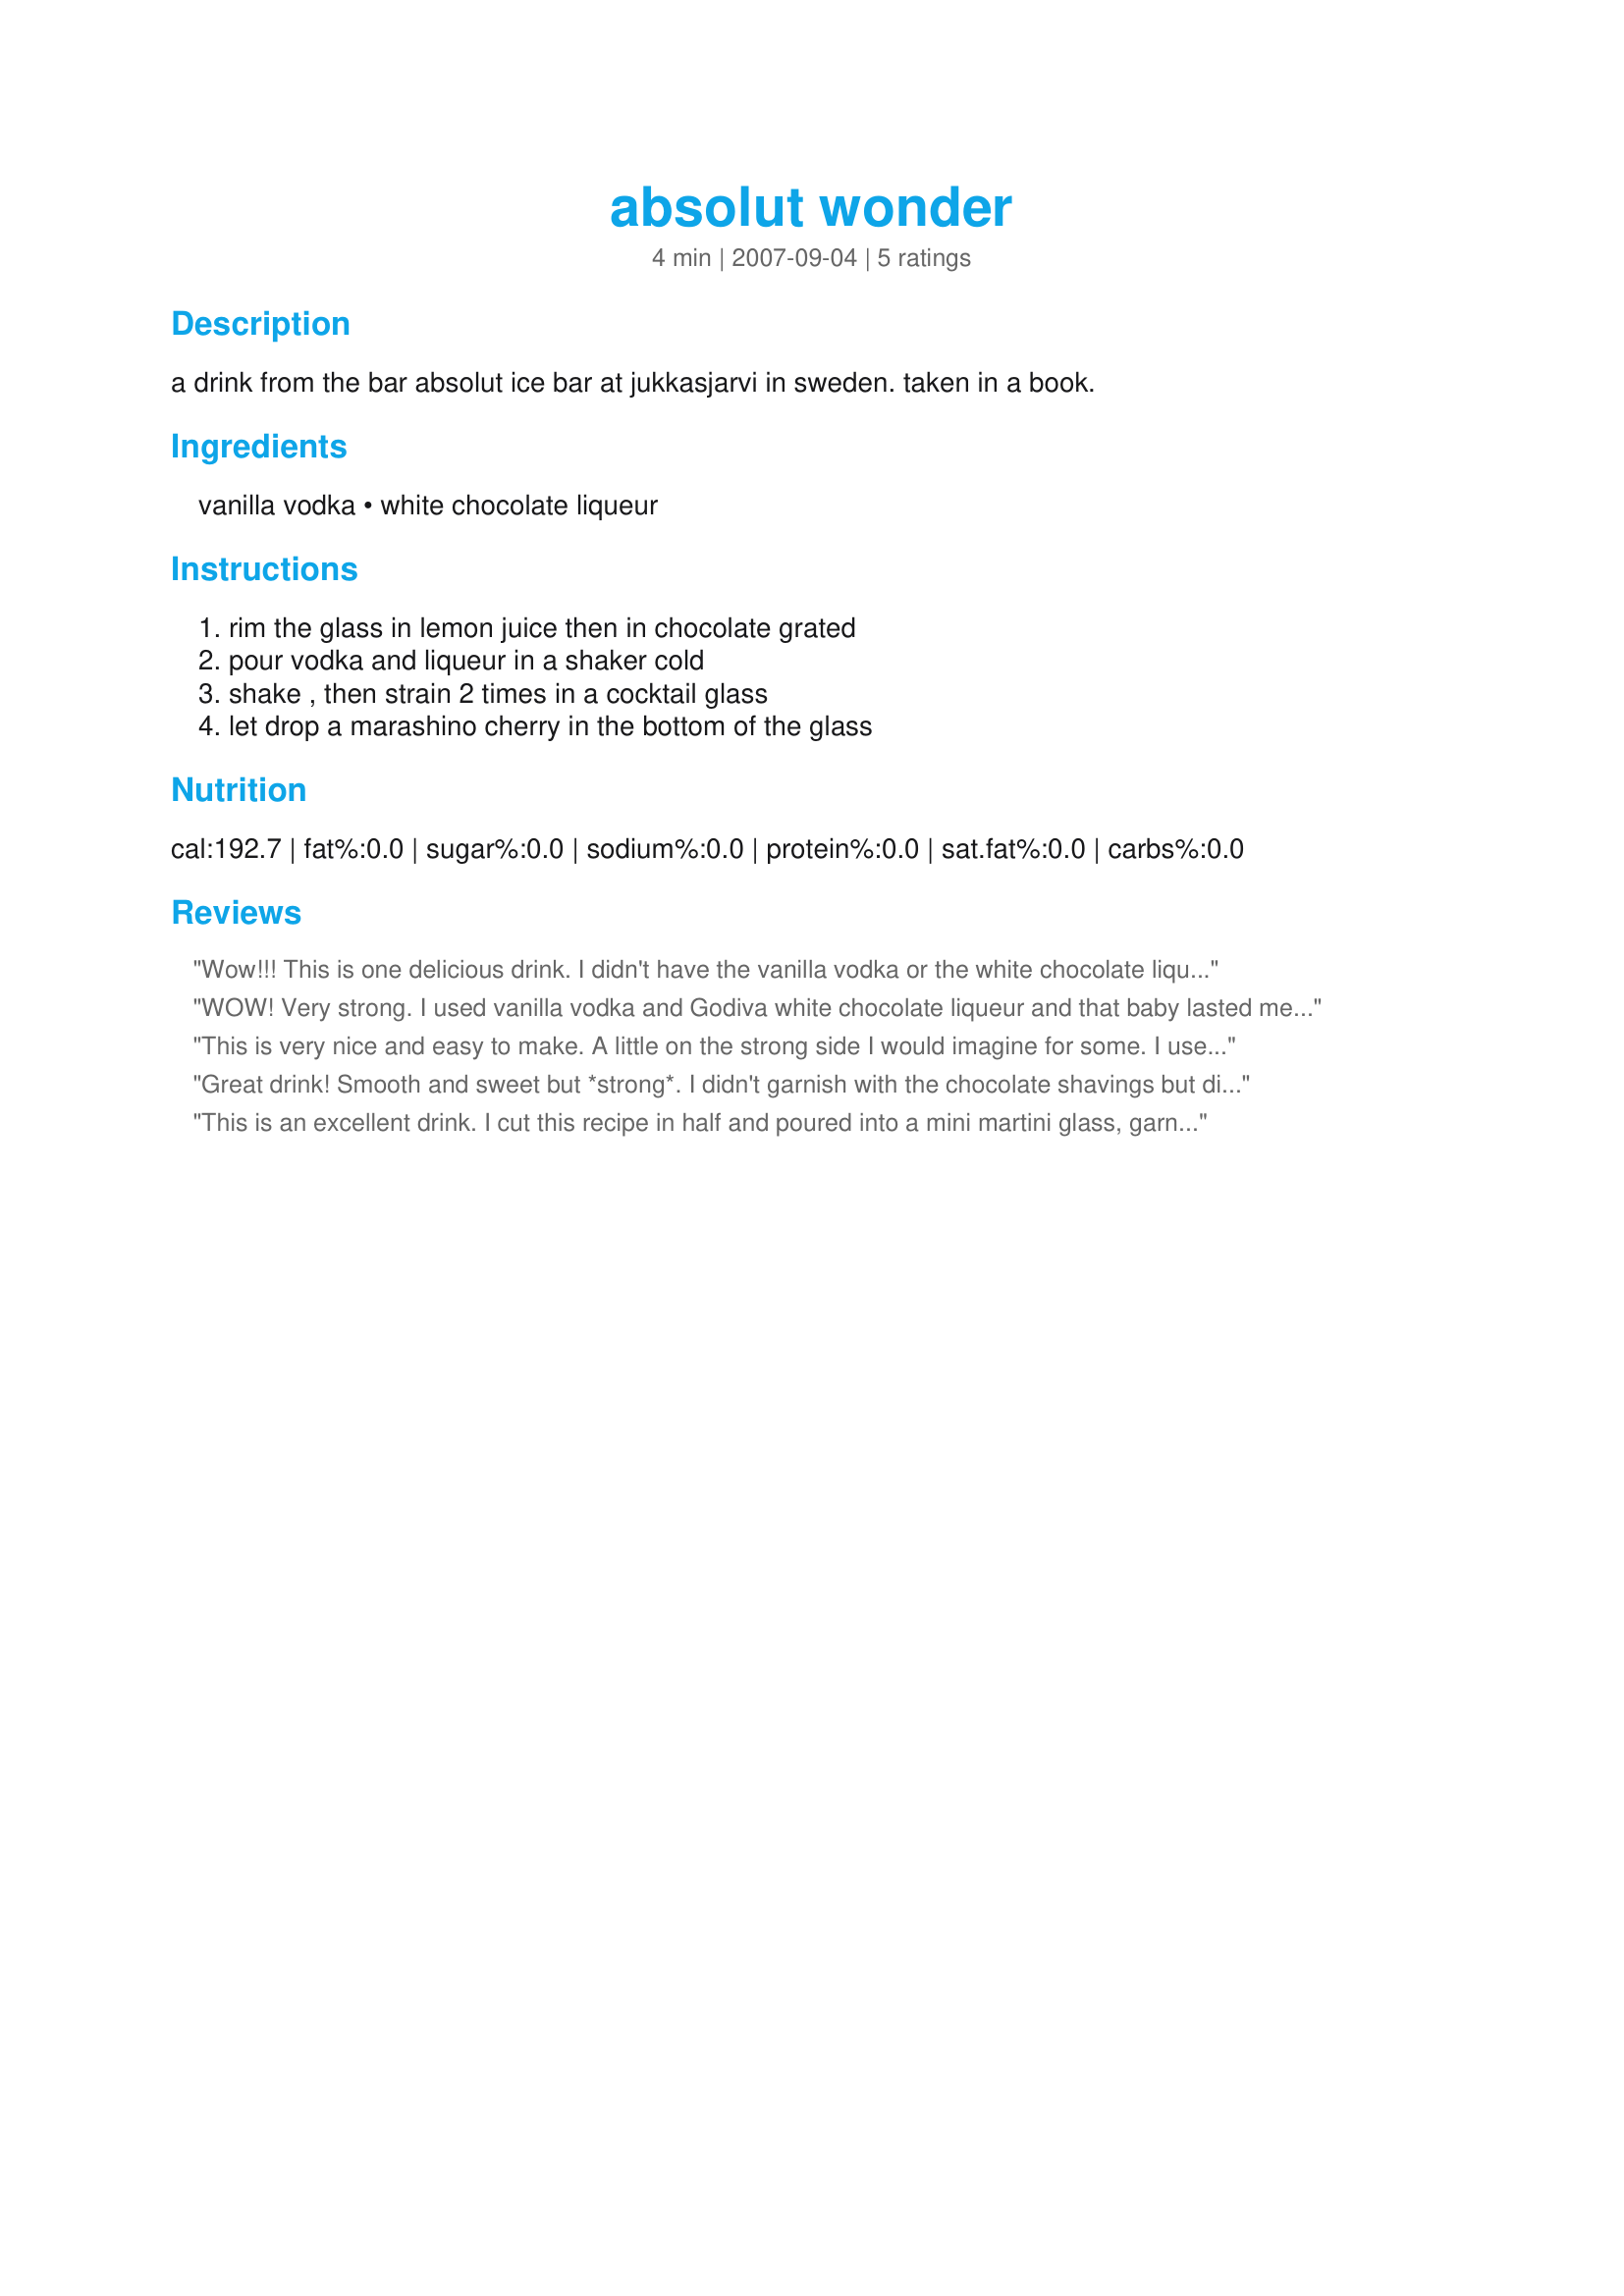
absolut wonder
Preparation time: 4 minutes

a drink from the bar absolut ice bar at jukkasjarvi in sweden. taken in a book.

Ingredients:
vanilla vodka, white chocolate liqueur

Steps:
rim the glass in lemon juice then in chocolate grated, pour vodka and liqueur in a shaker cold, shake , then strain 2 times in a cocktail glass, let drop a marashino cherry in the bottom of the glass

Reviews:
Wow!!! This is one delicious drink. I didn't have the vanilla vodka or the white chocolate liqueur, so I went to the store and bought a mini bottle of each. I guess now I will have to buy the full bottles!!! Thanks Boomette for a wonderful drink recipe. Made for Holiday Tag.
WOW! Very strong. I used vanilla vodka and Godiva white chocolate liqueur and that baby lasted me the night! A sipping drink for sure. Made for Beverage Tag
This is very nice and easy to make. A little on the strong side I would imagine for some. I used a raspberry vodka and think it went well with the Godiva Chocolate Cream Liqueur. I skipped the rim ingredients since I didn't have any shaved chocolate. This makes a nice after dinner cocktail. Thanks
Great drink! Smooth and sweet but *strong*. I didn't garnish with the chocolate shavings but did include the cherry. Enjoyed this - thanks for sharing the recipe! Made for ZWT6, Zwizzle Chicks
This is an excellent drink. I cut this recipe in half and poured into a mini martini glass, garnished with a fresh cherry. Made for *ZWT 6* I'm on Team *Ya Ya Cookerhood*
